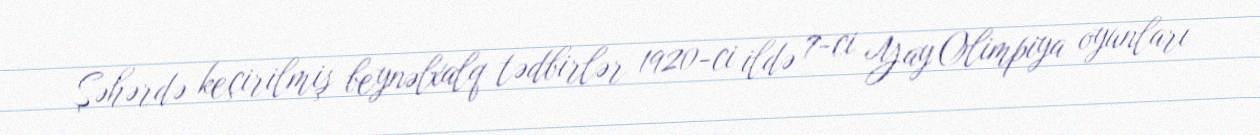
Şəhərdə keçirilmiş beynəlxalq tədbirlər 1920-ci ildə 7-ci Yay Olimpiya oyunları